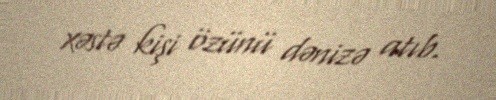
xəstə kişi özünü dənizə atıb.